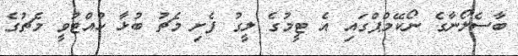
ބާސެލޯނާގެ ނޯކޭމްޕްގައި އެ ޓީމުގެ ލީގު ފެށި މެޗު ބުޅާ ހުއްޓުވީ މެޗުގެ